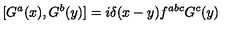
[ G ^ { a } ( x ) , G ^ { b } ( y ) ] = i \delta ( x - y ) f ^ { a b c } G ^ { c } ( y )